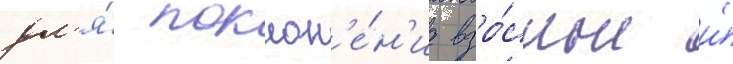
дл'я́ поклон'е́н'иа взро́слые и́